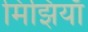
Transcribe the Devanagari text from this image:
मिझियाँ